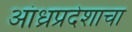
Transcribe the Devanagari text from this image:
आंध्रप्रदेशाचा